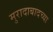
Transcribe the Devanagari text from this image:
मुरादाबादच्या